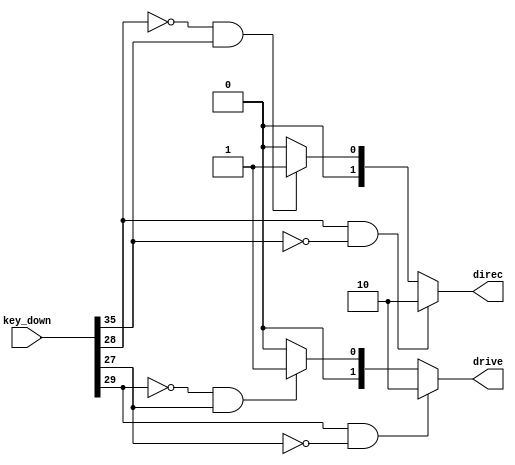
`timescale 1ns / 1ps
//////////////////////////////////////////////////////////////////////////////////
// Company: 
// Engineer: 
// 
// Design Name: 
// Module Name: decoder
// Project Name: 
// Target Devices: 
// Tool Versions: 
// Description: 
// 
// Dependencies: 
// 
// Revision:
// Revision 0.01 - File Created
// Additional Comments:
// 
//////////////////////////////////////////////////////////////////////////////////
`define left_control 8'h1C
`define right_control 8'h23
`define drive_control 8'h1D
`define back_control 8'h1B 

module decoder(
input [511:0]key_down,
output reg [1:0]direc,
output reg [1:0]drive
    );
   
always@*begin
    if (key_down[`left_control]==1'd1 && key_down[`right_control]==1'd0)
        direc = 2'b10;
    else if (key_down[`left_control]==1'd0 && key_down[`right_control]==1'd1)
        direc = 2'b01;
    else
        direc = 2'b00;
end
always@*begin
    if (key_down[`drive_control]==1'd1 && key_down[`back_control]==1'd0)
        drive = 2'b10;
    else if (key_down[`drive_control]==1'd0 && key_down[`back_control]==1'd1)
        drive = 2'b01;
    else
        drive = 2'b00;
end                
endmodule